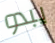
يبدو